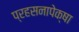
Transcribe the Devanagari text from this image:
प्रहसनापेक्षा